Vabadussoja_Ajaloo_Komitee, lk 73
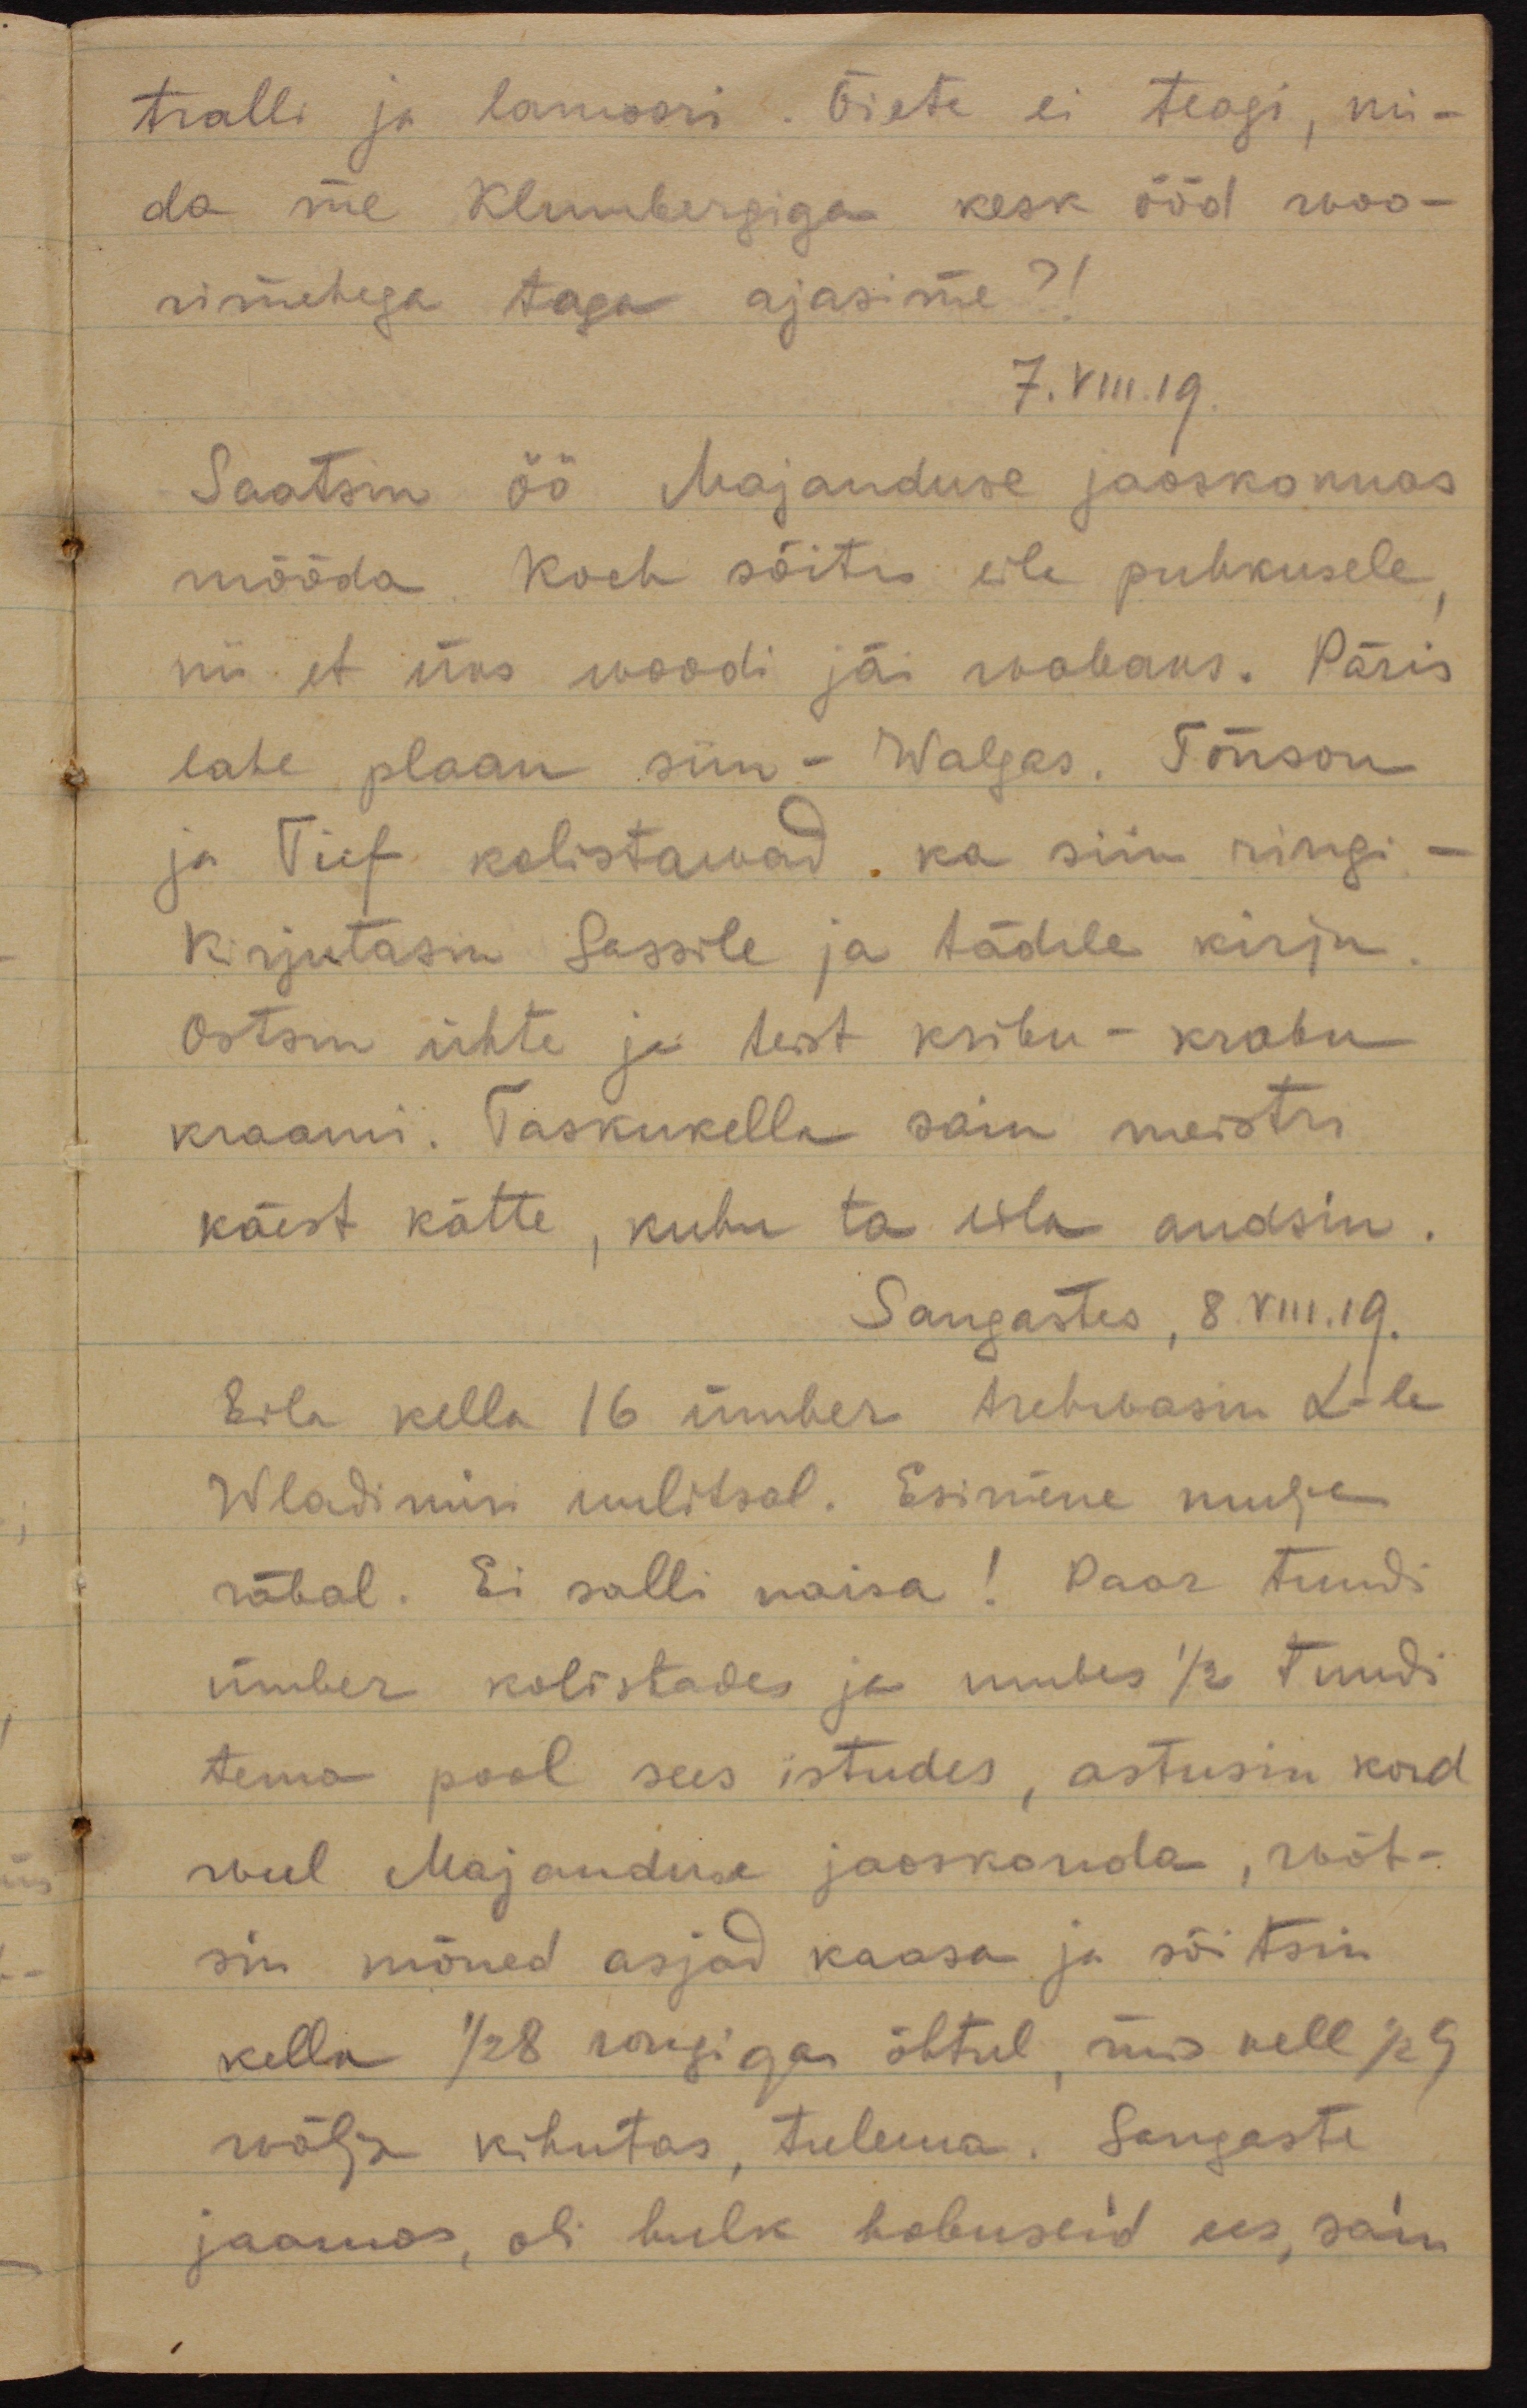
tralli ja lamoori. Õiete ei teagi, mi-
da me Klumbergiga kesk ööd woo-
rimehega taga ajasime?!
7.VIII.19.
Saatsin öö Majanduse jaoskonnas
mööda. Koch sõitis eile puhkusele,
nii et üks woodi jäi wabaks. Päris
lahe plaan siin - Walgas. Tõnson
ja Tief kolistawad ka siin ringi  -
kirjutasin Sassile ja tädile kirju.
Ostsin ühte ja teist kribu-krabu
kraami. Taskukella sain meistri
käest kätte, kuhu ta eila andsin.
Sangastes, 8.VIII.19.
Eila kella 16 ümber trehwasin L-le
Wladimiri uulitsal. Esimene mulje
räbal. Ei salli naisa! Paar tundi
ümber kolistades ja umbes 1/2 tundi
tema pool sees istudes, astusin kord
weel Majanduse jaoskonda, wõt-
sin mõned asjad kaasa ja sõitsin
kella 1/2 8 rongiga õhtul, mis kell 1/2 9
wälja kihutas, tulema. Sangaste
jaamas, oli hulk hobuseid ees, sain